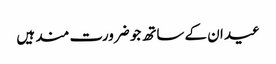
عید ان کے ساتھ جو ضرورت مند ہیں